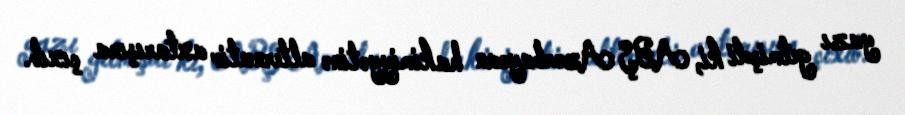
yazı getmişdi ki, ABŞ Azərbaycan hakimiyyətinə alternativ axtarışına çıxıb.